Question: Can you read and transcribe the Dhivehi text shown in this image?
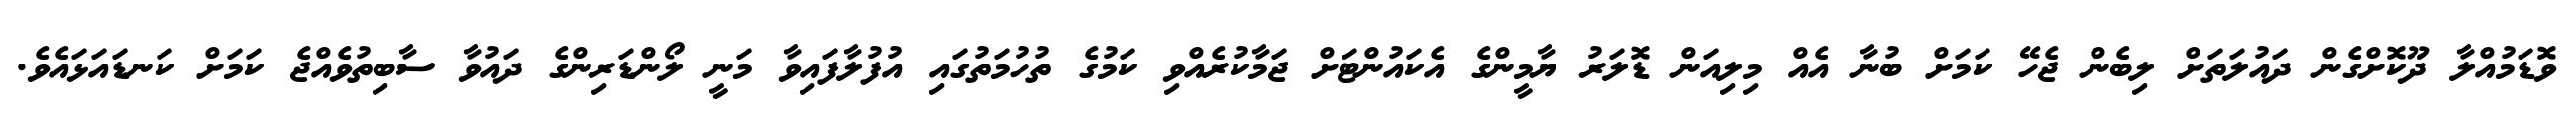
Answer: ވޮޑަމުއްލާ ދޫކޮށްގެން ދައުލަތަށް ލިބެން ޖެހޭ ކަމަށް ބުނާ އެއް މިލިއަން ޑޮލަރު ޔާމީންގެ އެކައުންޓަށް ޖަމާކުރެއްވި ކަމުގެ ތުހުމަތުގައި އުފުލާފައިވާ މަނީ ލޯންޑަރިންގެ ދައުވާ ސާބިތުވެއްޖެ ކަމަށް ކަނޑައަޅައެވެ.